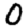
Digit: 0